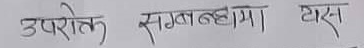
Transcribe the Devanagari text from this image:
उपरोक्त सम्बन्धमा टास